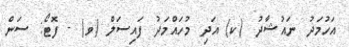
އަހުމަދު ނައުޝާދު (ކ) އަދި މުހައްމަދު ފައިސަލް (ވ) - ފޮޓޯ: ސަން